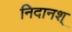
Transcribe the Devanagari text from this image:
निदानश्